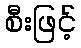
စီးဖြင့်